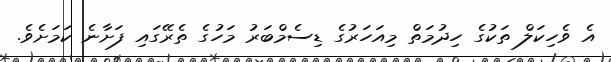
އެ ވެހިކަލް ތަކުގެ ހިދުމަތް މިއަހަރުގެ ޑިސެމްބަރު މަހުގެ ތެރޭގައި ފަށާނެ ކަމަށެވެ.